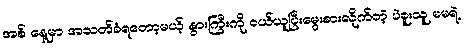
အစ် နေ့မှာ အသတ်ခံရတော့မယ့် နွားကြီးကို ဝယ်ယူပြီးမွေးစားလိုက်တဲ့ ပဲခူးသူ မမရဲ့